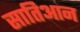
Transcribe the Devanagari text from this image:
सातिआन